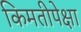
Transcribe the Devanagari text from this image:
किमतीपेक्षा